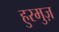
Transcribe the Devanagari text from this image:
हुरमुज़